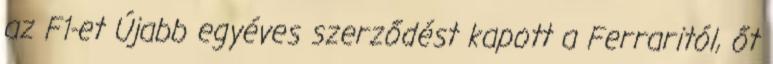
az F1-et Újabb egyéves szerződést kapott a Ferraritól, őt